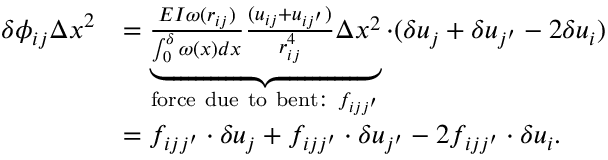
\begin{array} { r l } { \delta \phi _ { i j } \Delta x ^ { 2 } } & { = \underbrace { \frac { E I \omega ( r _ { i j } ) } { \int _ { 0 } ^ { \delta } \omega ( x ) d x } \frac { ( u _ { i j } + u _ { i j ^ { \prime } } ) } { r _ { i j } ^ { 4 } } \Delta x ^ { 2 } } _ { \mathrm { f o r c e ~ d u e ~ t o ~ b e n t : ~ } f _ { i j j ^ { \prime } } } \cdot ( \delta u _ { j } + \delta u _ { j ^ { \prime } } - 2 \delta u _ { i } ) } \\ & { = f _ { i j j ^ { \prime } } \cdot \delta u _ { j } + f _ { i j j ^ { \prime } } \cdot \delta u _ { j ^ { \prime } } - 2 f _ { i j j ^ { \prime } } \cdot \delta u _ { i } . } \end{array}